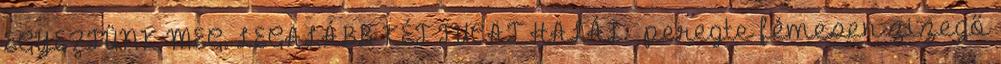
EGYEZTÜNK MEG. LEGALÁBB KÉT TUCAT HALÁL. –peregte fémesen zizegő